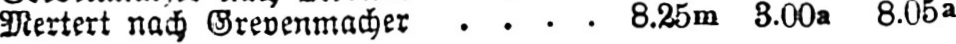
Mertert nach Grevenmacher .... 8.25m 3.00a 8.05a